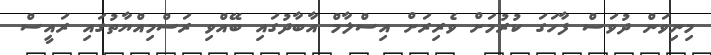
މިނިވަން ދުވަސް ފާހަގަ ކުރުމަށް ވެރިރަށް އިސްލާމް އާބާދުގައި ބޭއްވި ރަސްމިއްޔާތުގައި ރައީސް